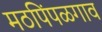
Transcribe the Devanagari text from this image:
मठपिंपळगाव